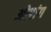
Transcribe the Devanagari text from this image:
ओप्रांग